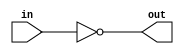
module f5_test_5(input in, output out);
assign out = ~in;
endmodule